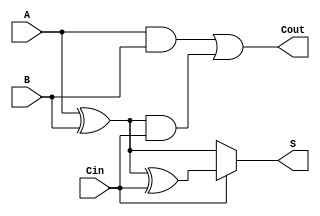
module conditional_sum_full_adder (
    input wire A,      // First significant bit
    input wire B,      // Second significant bit
    input wire Cin,    // Carry input
    output wire S,     // Sum output
    output wire Cout   // Carry output
);

    // Intermediate signals for sum calculations
    wire S0;          // Sum without carry
    wire S1;          // Sum with carry
    wire C1;          // Carry condition 1
    wire C2;          // Carry condition 2

    // Sum calculations
    assign S0 = A ^ B;          // S0 = A XOR B
    assign S1 = S0 ^ Cin;       // S1 = S0 XOR Cin

    // Conditional sum output based on Cin
    assign S = (Cin == 1'b0) ? S0 : S1;

    // Carry calculations
    assign C1 = A & B;          // C1 = A AND B
    assign C2 = S0 & Cin;       // C2 = (A XOR B) AND Cin

    // Final carry-out output
    assign Cout = C1 | C2;      // Cout = C1 OR C2

endmodule